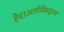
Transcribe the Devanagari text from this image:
हैदरअलीविरूद्धच्या